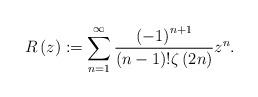
LaTeX: \begin{align*}R\left( z \right) := \sum\limits_{n = 1}^\infty {\frac{{{{\left( { - 1} \right)}^{n + 1}}}}{{\left( {n - 1} \right)!\zeta \left( {2n} \right)}}{z^n}}. \end{align*}